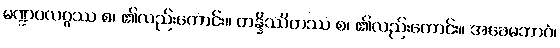
မဏ္ဍပလဂ္ဂဿ စ၊ ၏လည်းကောင်း။ တန္နိဿိတဿ စ၊ ၏လည်းကောင်း။ အခေမဘာဝံ၊